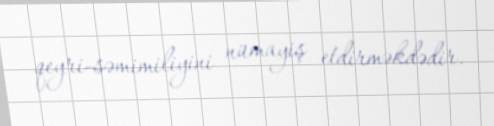
qeyri-səmimiliyini nümayiş etdirməkdədir.